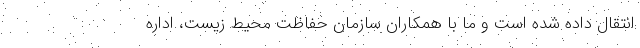
انتقال داده شده است و ما با همکاران سازمان حفاظت محیط زیست، اداره